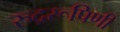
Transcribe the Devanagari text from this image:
रुद्ररूपिणी